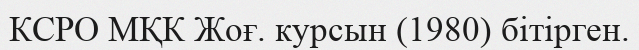
КСРО МҚК Жоғ. курсын (1980) бітірген.